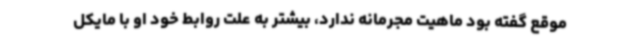
موقع گفته بود ماهیت مجرمانه ندارد، بیشتر به علت روابط خود او با مایکل